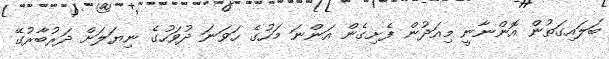
ބަލައިގަތުން އޮންނާނީ މިއަދުން ފެށިގެން އަންނަ މަހުގެ ހަވަނަ ދުވަހުގެ ނިޔަލަށް ދަރުބާރުގޭ